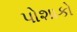
પોશાકો